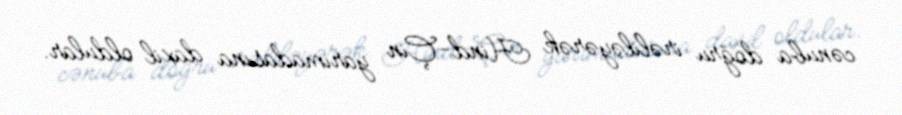
cənuba doğru irəliləyərək Hind-Çin yarımadasına daxil oldular.